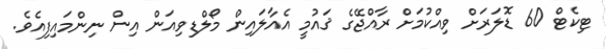
ޓިކެޓް 60 ޑޮލަރަށް ވިއްކުމަށް ރާއްޖޭގެ ޤައުމީ އެއާލައިން މޯލްޑިވިއަން އިން ނިންމައިފިއެވެ.